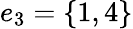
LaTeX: e_{3}=\{ 1,4\}